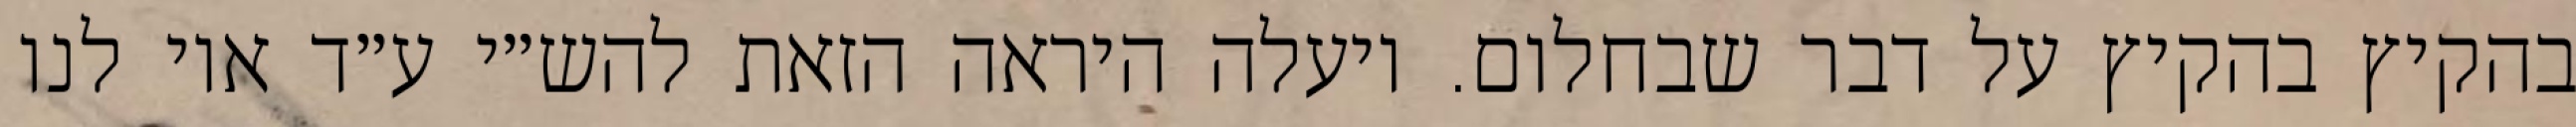
בהקיץ בהקיץ על דבר שבחלום. ויעלה היראה הזאת להש״י ע״ד אוי לנו